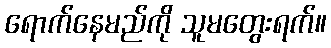
ရောက်နေမည်ကို သူမတွေးရက်။